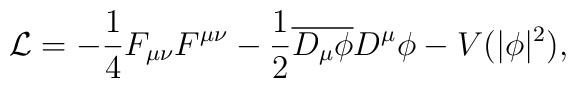
\mathcal{L} = - \frac{1}{4} F_{\mu\nu} F^{\mu\nu} - \frac{1}{2} \overline {D_\mu \phi} D^\mu \phi - V(|\phi|^2),